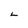
Character: L